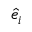
\boldsymbol { \hat { e } } _ { i }